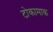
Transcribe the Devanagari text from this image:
टोकामाक